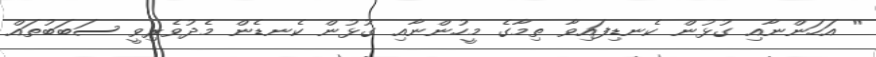
'' އަހަންނާއި ގުޅުން ކެނޑިފައިވާ ތިމާގެ މީހުންނާއި ގުޅުން ކެނޑެން މެދުވެރިވީ ސަބަބުތައް